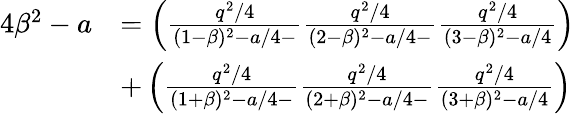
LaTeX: \begin{array}{rl}{4\beta^{2}-a}&{=\left(\frac{q^{2}/4}{(1-\beta)^{2}-a/4-}\frac{q^{2}/4}{(2-\beta)^{2}-a/4-}\frac{q^{2}/4}{(3-\beta)^{2}-a/4}\right)}\\ &{+\left(\frac{q^{2}/4}{(1+\beta)^{2}-a/4-}\frac{q^{2}/4}{(2+\beta)^{2}-a/4-}\frac{q^{2}/4}{(3+\beta)^{2}-a/4}\right)}\end{array}